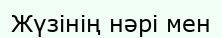
Жүзінің нәрі мен